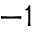
^ { - 1 }